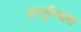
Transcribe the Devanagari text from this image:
एस्तूरियास